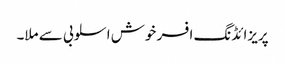
پریزائڈنگ افسر خوش اسلوبی سے ملا۔